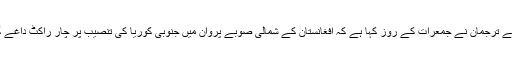
دریں اثناء جنوبی کوریا کی وزارتِ خارجہ کے ترجمان نے جمعرات کے روز کہا ہے کہ افغانستان کے شمالی صوبے پروان میں جنوبی کوریا کی تنصیب پر چار راکٹ داغے گئے البتہ اس میں کوئی جانی نقصان نہیں ہوا۔